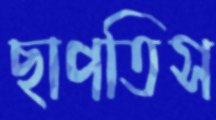
ছাপতিস